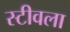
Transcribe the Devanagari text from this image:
स्टीवला